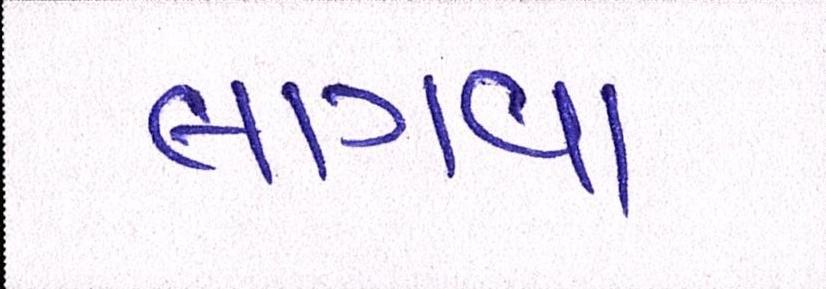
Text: લાગવા